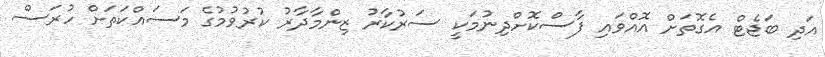
އަދި ބަޖެޓް އެގޮތަށް އޮއްވައި ފާސްކޮށްދިނުމަކީ ސަރުކާރު ޒިންމާދާރު ކުރުވުމުގެ މަސައްކަތަށް ހުރަސް